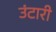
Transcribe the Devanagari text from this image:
उंटारी